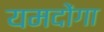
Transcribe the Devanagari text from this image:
यमदोंगा